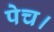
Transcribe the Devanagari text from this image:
पेच।